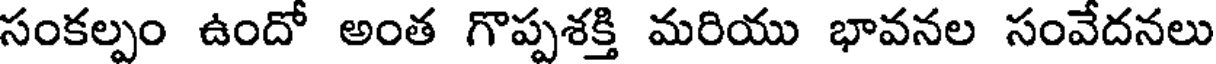
సంకల్పం ఉందో అంత గొప్పశక్తి మరియు భావనల సంవేదనలు